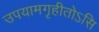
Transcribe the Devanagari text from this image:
उपयामगृहीतोऽसि